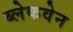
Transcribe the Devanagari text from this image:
ब्लेकवेन